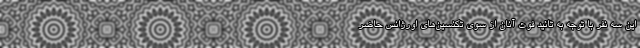
این سه نفر با توجه به تائید فوت آنان از سوی تکنسین‌های اورژانس حاضر